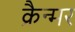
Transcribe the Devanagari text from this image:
क्रैन्मर